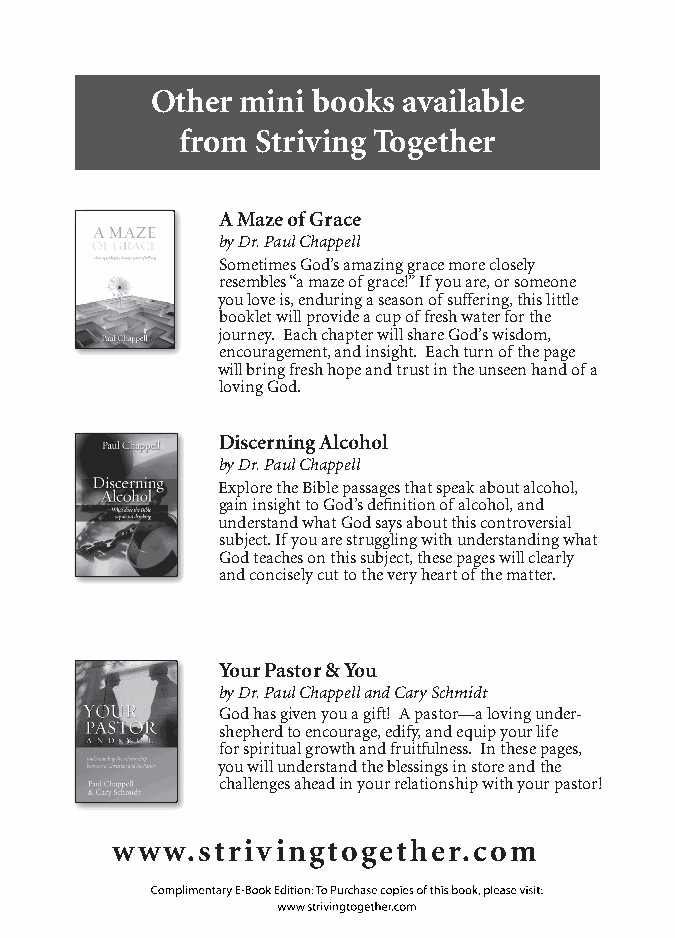
Other mini books available
 from Striving Together
 A Maze of Grace
 by Dr. Paul Chappell
 Sometimes God’s amazing grace more closely
 resembles “a maze of grace!” If you are, or someone
 you love is, enduring a season of suffering, this little
 booklet will provide a cup of fresh water for the
 journey. Each chapter will share God’s wisdom,
 encouragement, and insight. Each turn of the page
 will bring fresh hope and trust in the unseen hand of a
 loving God.
 Discerning Alcohol
 by Dr. Paul Chappell
 Explore the Bible passages that speak about alcohol,
 gain insight to God’s defi nition of alcohol, and
 understand what God says about this controversial
 subject. If you are struggling with understanding what
 God teaches on this subject, these pages will clearly
 and concisely cut to the very heart of the matter.
 Your Pastor & You
 by Dr. Paul Chappell and Cary Schmidt
 God has given you a gift! A pastor—a loving under-
 shepherd to encourage, edify, and equip your life
 for spiritual growth and fruitfulness. In these pages,
 you will understand the blessings in store and the
 challenges ahead in your relationship with your pastor!
 www.strivingtogether.com
 Complimentary E-Book Edition: To Purchase copies of this book, please visit:
 www.strivingtogether.com